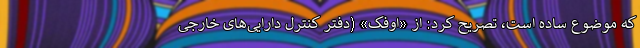
که موضوع ساده است، تصریح کرد: از «اوفک» (دفتر کنترل دارایی‌های خارجی